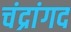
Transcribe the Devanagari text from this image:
चंद्रांगद